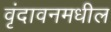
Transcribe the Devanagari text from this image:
वृंदावनमधील